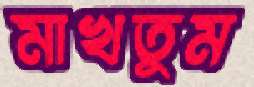
মাখতুম